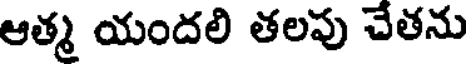
ఆత్మ యందలి తలపు చేతను